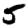
Digit: 5